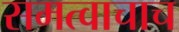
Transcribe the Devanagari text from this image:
समत्वाचाच